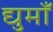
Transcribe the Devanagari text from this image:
द्युमाँ